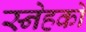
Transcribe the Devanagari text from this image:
स्नेहको